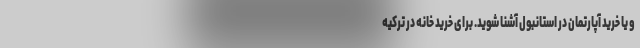
و یا خرید آپارتمان در استانبول آشنا شوید. برای خرید خانه در ترکیه